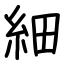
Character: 細